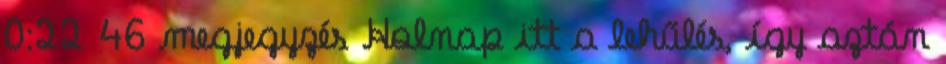
0:22 46 megjegyzés Holnap itt a lehűlés, így aztán